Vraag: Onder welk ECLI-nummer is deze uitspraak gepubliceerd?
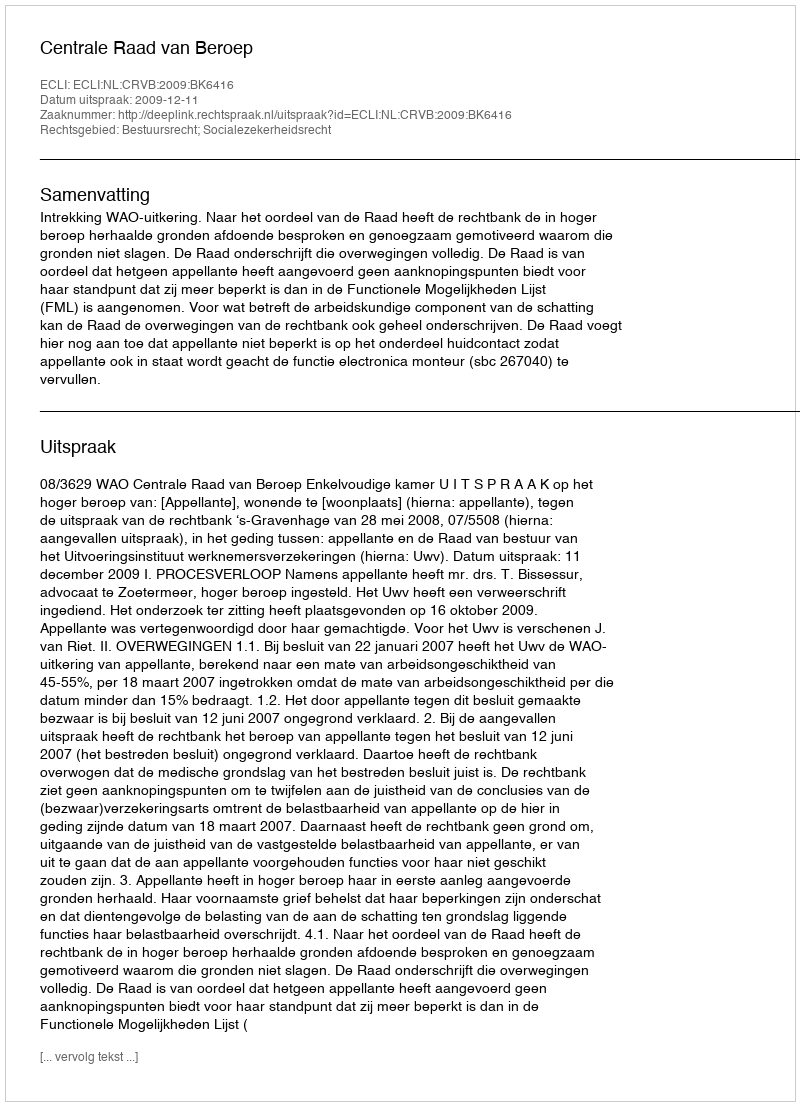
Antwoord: ECLI:NL:CRVB:2009:BK6416